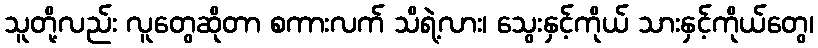
သူတို့လည်း လူတွေဆိုတာ စကားလက် သိရဲ့လား၊ သွေးနှင့်ကိုယ် သားနှင့်ကိုယ်တွေ၊